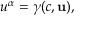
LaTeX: u ^ { \alpha } = \gamma ( c , \mathbf { u } ) ,